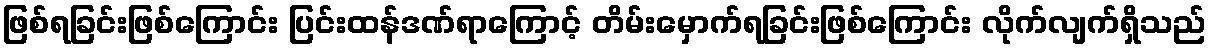
ဖြစ်ရခြင်းဖြစ်ကြောင်း ပြင်းထန်ဒဏ်ရာကြောင့် တိမ်းမှောက်ရခြင်းဖြစ်ကြောင်း လိုက်လျက်ရှိသည်